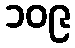
၁၀၉